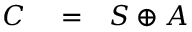
\begin{array} { r l r } { { \cal C } } & { { } = } & { { \cal S } \oplus { \cal A } } \end{array}